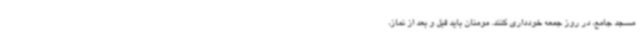
مسجد جامع، در روز جمعه خودداری کنند. مومنان باید قبل و بعد از نماز،